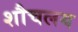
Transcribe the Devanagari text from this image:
शौचलय